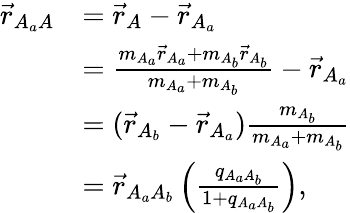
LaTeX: \begin{array}{rl}{\vec{r}_{A_{a}A}}&{=\vec{r}_{A}-\vec{r}_{A_{a}}}\\ &{=\frac{m_{A_{a}}\vec{r}_{A_{a}}+m_{A_{b}}\vec{r}_{A_{b}}}{m_{A_{a}}+m_{A_{b}}}-\vec{r}_{A_{a}}}\\ &{=(\vec{r}_{A_{b}}-\vec{r}_{A_{a}})\frac{m_{A_{b}}}{m_{A_{a}}+m_{A_{b}}}}\\ &{=\vec{r}_{A_{a}A_{b}}\left(\frac{q_{A_{a}A_{b}}}{1+q_{A_{a}A_{b}}}\right),}\end{array}